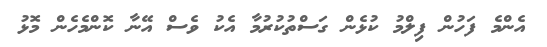
އެންމެ ފަހުން ފިލްމު ކުޅެން ގަސްތުކުރުމާ އެކު ވެސް އޭނާ ކޮންމެހެން މޮޅު